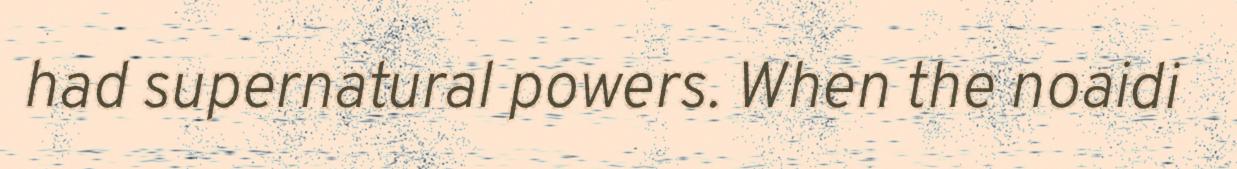
had supernatural powers. When the noaidi